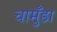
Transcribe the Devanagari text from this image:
चामुँडा